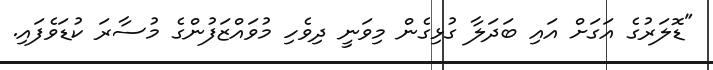
"ޑޮލަރުގެ އަގަށް އައި ބަދަލާ ގުޅިގެން މިވަނީ ދިވެހި މުވައްޒަފުންގެ މުސާރަ ކުޑަވެފައި.